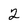
Character: 2